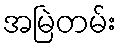
အမြဲတမ်း